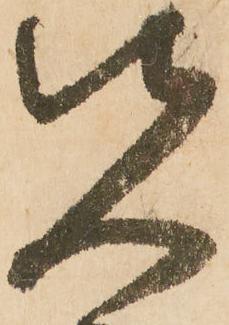
先